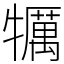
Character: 犡